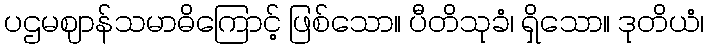
ပဌမဈာန်သမာဓိကြောင့် ဖြစ်သော။ ပီတိသုခံ၊ ရှိသော။ ဒုတိယံ၊